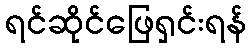
ရင်ဆိုင်ဖြေရှင်းရန်